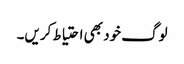
لوگ خود بھی احتیاط کریں۔